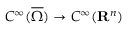
\displaystyle { C ^ { \infty } ( { \overline { { \Omega } } } ) \rightarrow C ^ { \infty } ( \mathbf { R } ^ { n } ) }